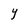
Character: Y